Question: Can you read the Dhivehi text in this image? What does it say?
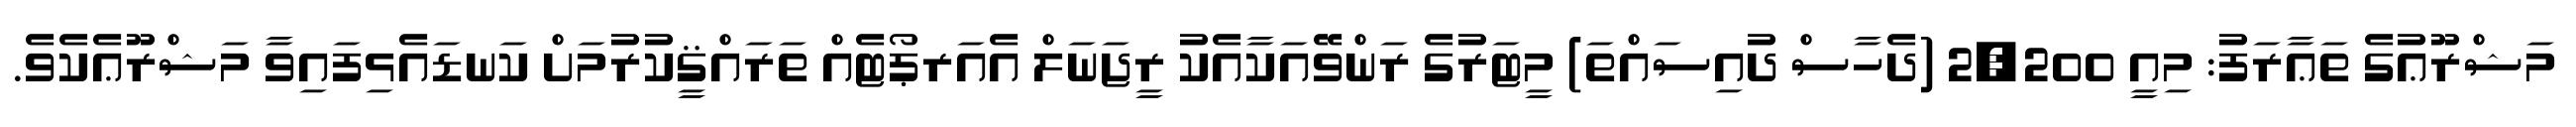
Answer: މަޝްރޫޢުގެ ތަޢާރަފު: މިއީ 2,200 (ދެހާސް ދުއިސައްތަ) މީޓަރުގެ ރަންވޭއަކާއެކު ރީޖަނަލް އެއަރޕޯޓެއް ތަރައްޤީކުރުމަށް ކަނޑައެޅިފައިވާ މަޝްރޫޢެކެވެ.